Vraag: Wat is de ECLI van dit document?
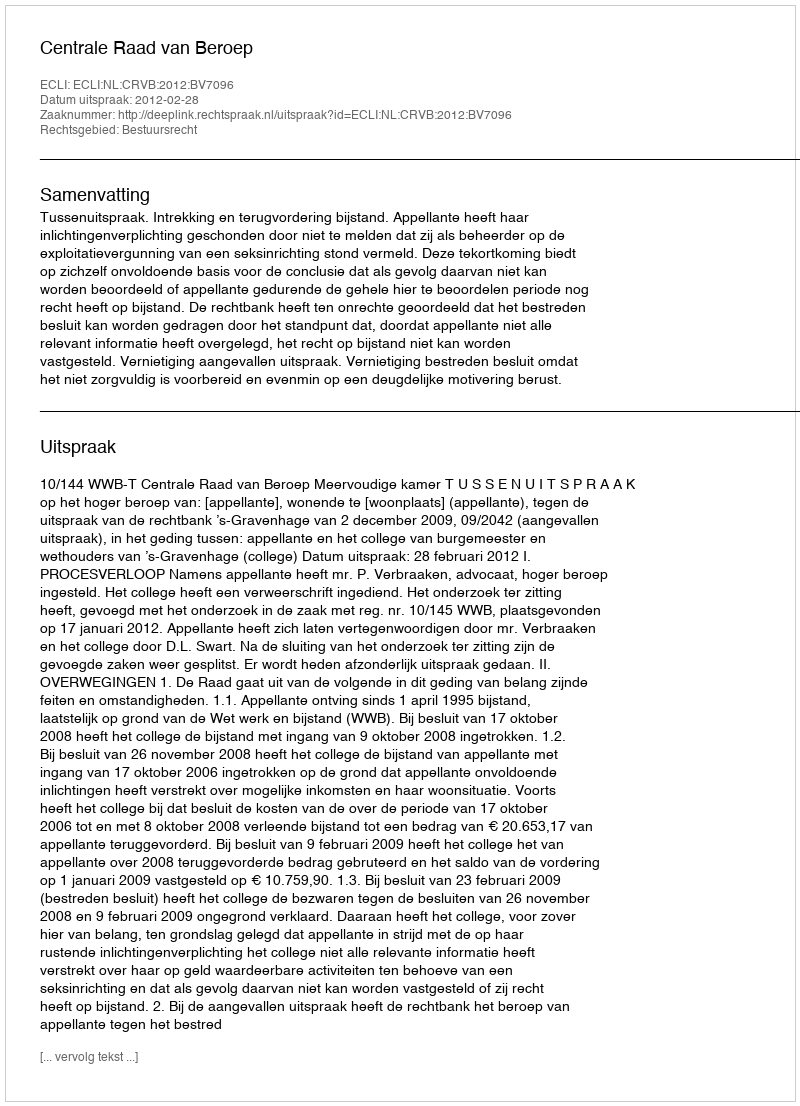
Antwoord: ECLI:NL:CRVB:2012:BV7096